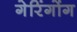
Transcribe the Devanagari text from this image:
गेरिंगोंग